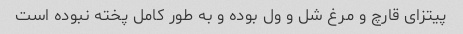
پیتزای قارچ و مرغ شل و ول بوده و به طور کامل پخته نبوده است